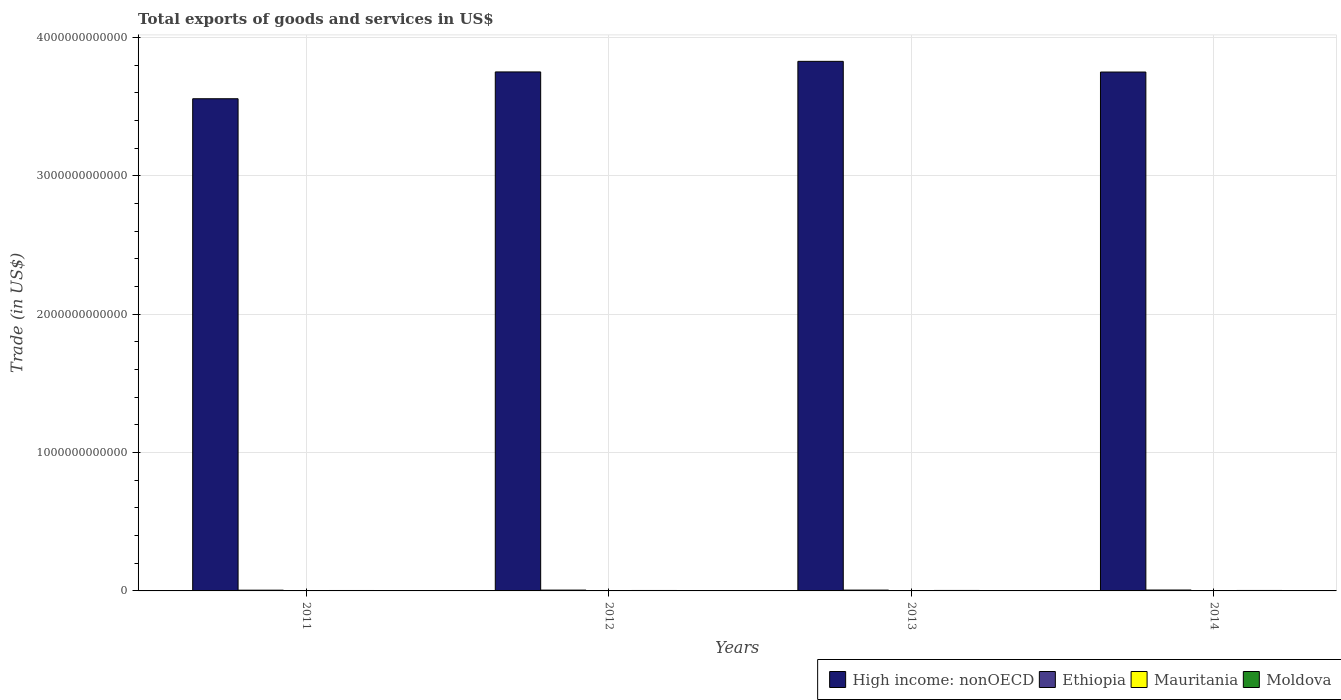
| Years | High income: nonOECD | Ethiopia | Mauritania | Moldova |
 | --- | --- | --- | --- | --- |
 | 2011 | 3.56e+12 | 5.33e+09 | 2.99e+09 | 3.15e+09 |
 | 2012 | 3.75e+12 | 5.96e+09 | 2.8e+09 | 3.17e+09 |
 | 2013 | 3.83e+12 | 5.95e+09 | 2.82e+09 | 3.46e+09 |
 | 2014 | 3.75e+12 | 6.47e+09 | 2.42e+09 | 3.32e+09 |